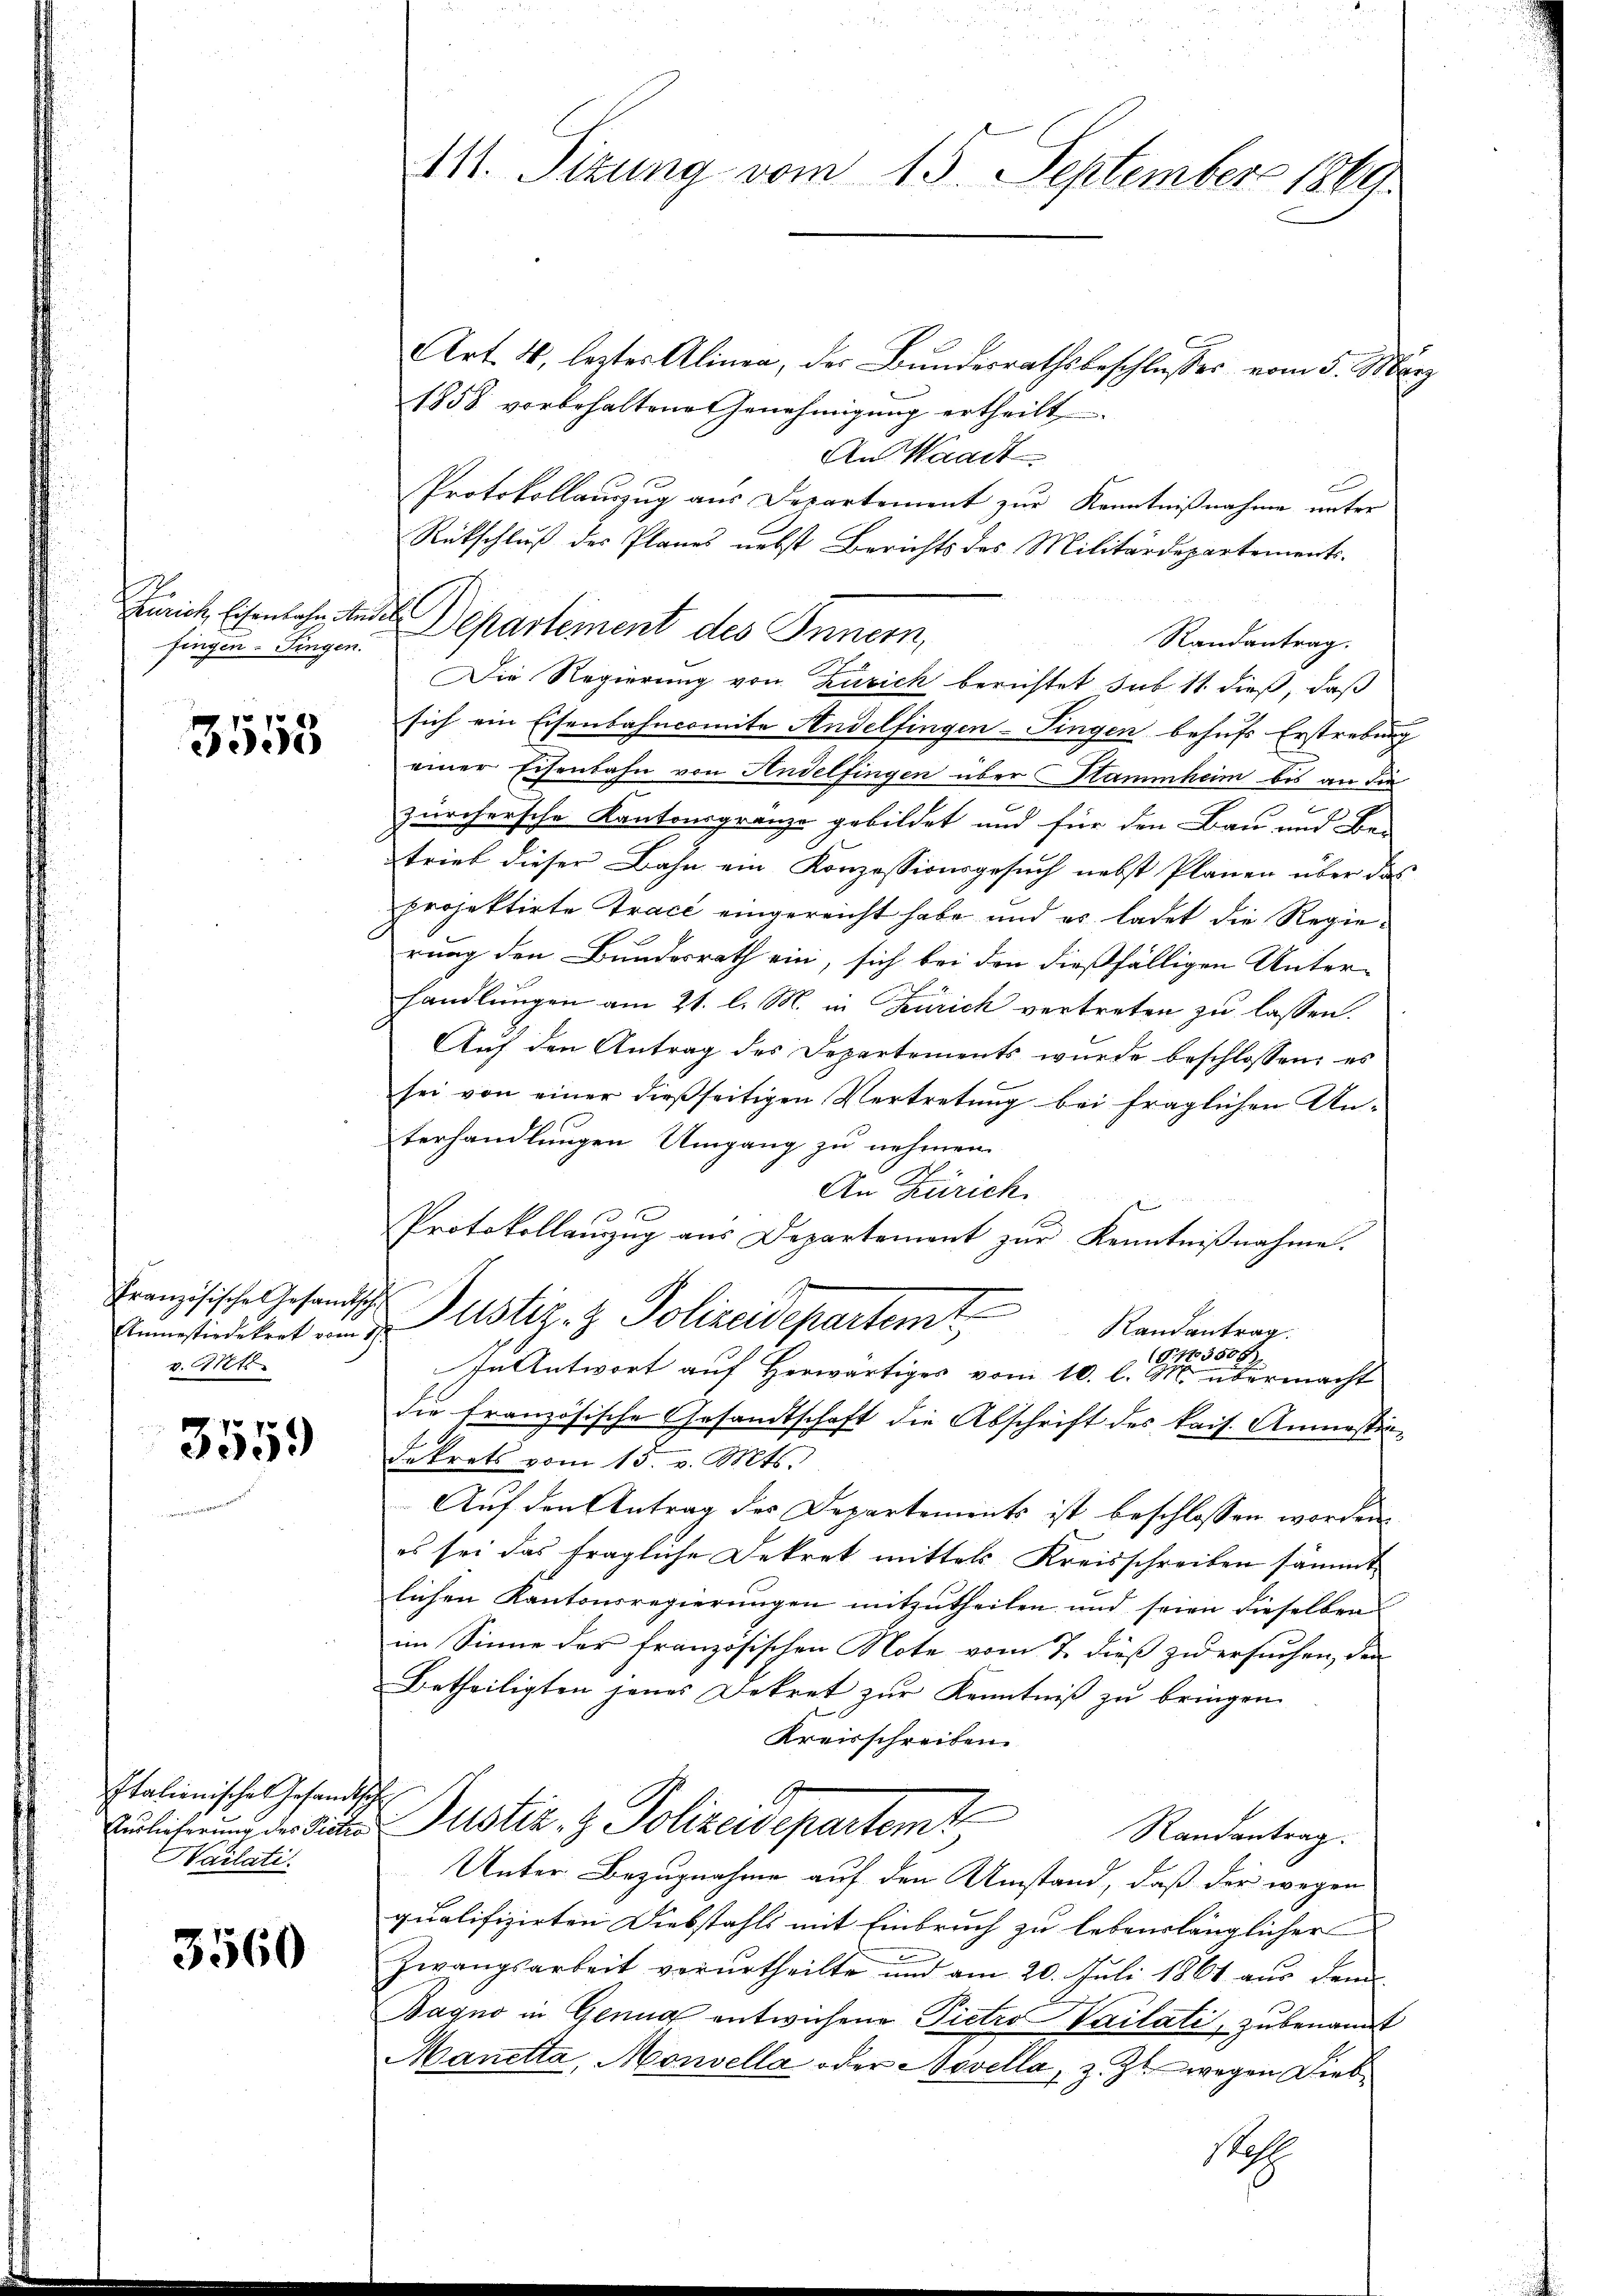
fingen Fingen.

3555

Anmessiedekret vom 17.
v. 21t

3559

Italienische Gesandtschl
Wailati

3560

Art. 4, leztes Alinea, der Bundesrathsbeschlusses vom 5. März
1858 vorbehaltene Genehmigung ertheilt
An Waadt
E
Protokollauszug aus Departement zur Kenntnißnahme unter
Rückschluß des Planes nebst Berichts des Militärdepartements-
Randantrag.
Die Regierung von Zürich berichtet sub 11 dieß, daß
sich ein Eisenbahncomite Andelfingen-Singen behufs Erstrebung
einer Eisenbahn von Andelfingen über Stammheim bis an die
zürchersche Kantonsgrenze gebildet und für den Bau und Be-
trieb dieser Bahn ein Konzessionsgesuch nebst Planen über das
projektirte Trace eingereicht habe und es ladet die Regierung den Bundesrath ein, sich bei den dießfälligen Unterhandlungen am 21. l. M. in Zürich vertreten zu lassen.
Aŭf den Antrag des Departements wurde beschlossen: es
sei von einer dießseitigen Vertretung bei fraglichen Unterhandlungen Umgang zu nehmen.
An Zürich.
e
Protokollauszug aus Departement zur Kenntnißnahme.
Französische Gesandte Justiz- & Polizeidepartemt
Randantrag.
(G403508)
In Antwort auf Herwärtiges vom 10. l. M. übermacht
die französische Gesandtschaft die Abschrift des kais. Anmastindekrets vom 15. Mts.
Auf den Antrag des Departements ist beschlossen worden.
es sei das fragliche Dekret mittels Kreisschreiben sämmt
lichen Kantonsregierungen mitzutheilen und seien dieselben
im Sinne der französischen Note vom 7. dieß zu ersuchen, den
Betheiligten jenes Dekret zur Kenntniß zu bringen.
Kreisschreiben
G
Belieferung der Sicher Justiz- & Polizeisepartemt
Randantrag.
Unter Bezugnahme auf den Umstand, daß der wegen
qualifizirten Diebstahls mit Einbruch zu lebenslänglicher
Zwangsarbeit verurtheilte und am 20. Juli 1861 aŭs dem
Baquo in Genug entwichene Pietro Vailati, zu benannt
Manetta, Monvella oder Novella, z. Zt. wegen Dieb¬
Stos

111. Sizung vom 15. September 1849

Zürich, Eisenbahn andes Departement des Innern,